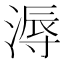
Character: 溽